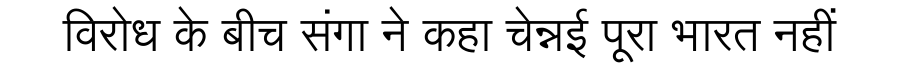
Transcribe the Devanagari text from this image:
विरोध के बीच संगा ने कहा चेन्नई पूरा भारत नहीं